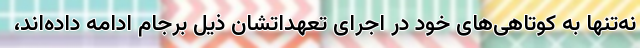
نه‌تنها به کوتاهی‌های خود در اجرای تعهداتشان ذیل برجام ادامه داده‌اند،